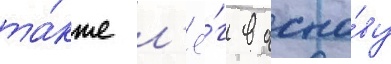
та́кже л'ё́г в осно́ву